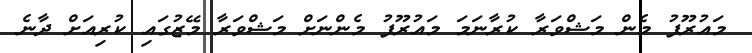
މައުރޫފު މެން މަޝްވަރާ ކުރާނަމަ މައުރޫފު މެންނަށް މަޝްވަރާ މޭޒުގައި ކުރިއަށް ދާނެ